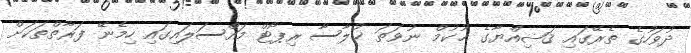
ދުވަހުގެ ތެރޭގައި ޤަޟިއްޔާގެ ޙުކުމް ނުވަތަ ޚުލާސާ ރިޕޯޓް މައްސަލައިގައި ހިމެނޭ ފަރާތްތަކަށް